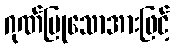
ဂုဏ်ပြုသောအားဖြင့်